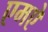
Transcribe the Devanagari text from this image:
एमऐ